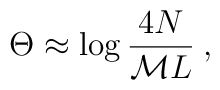
\Theta \approx \log \frac{4N}{{\cal M}L}\: ,